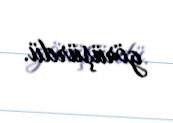
görüşürdü.